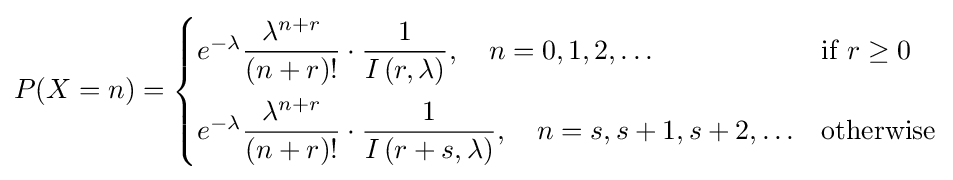
P(X=n)={\begin{cases}e^{-\lambda }{\dfrac {\lambda ^{n+r}}{\left(n+r\right)!}}\cdot {\dfrac {1}{I\left(r,\lambda \right)}},\quad n=0,1,2,\ldots &{\text{if }}r\geq 0\\[10pt]e^{-\lambda }{\dfrac {\lambda ^{n+r}}{\left(n+r\right)!}}\cdot {\dfrac {1}{I\left(r+s,\lambda \right)}},\quad n=s,s+1,s+2,\ldots &{\text{otherwise}}\end{cases}}